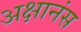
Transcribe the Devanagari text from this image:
अक्षानंस